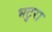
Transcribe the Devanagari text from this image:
भटुरा